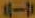
4-7